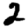
Digit: 2